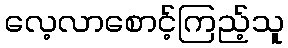
လေ့လာစောင့်ကြည့်သူ